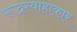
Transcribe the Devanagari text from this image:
रूद्रस्वाहाकार